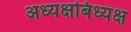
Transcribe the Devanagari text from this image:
अध्यक्षबिध्यक्ष